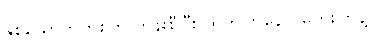
နှစ်ယောက်တစ်တွဲ တန်းစီပြီး ထွက်ကြနော်၊ မတိုးကြနဲ့